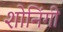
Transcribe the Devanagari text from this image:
शोनिंगी